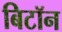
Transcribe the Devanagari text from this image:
बिटॉन